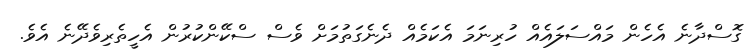
ގޮސްދާނެ އެހެން މައްސަލައެއް ހުރިނަމަ އެކަމެއް ދެނެގަތުމަށް ވެސް ސްކޭންކުރުން އެހީތެރިވެދޭނެ އެވެ.